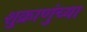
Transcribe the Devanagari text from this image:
शुक्राणुंच्या